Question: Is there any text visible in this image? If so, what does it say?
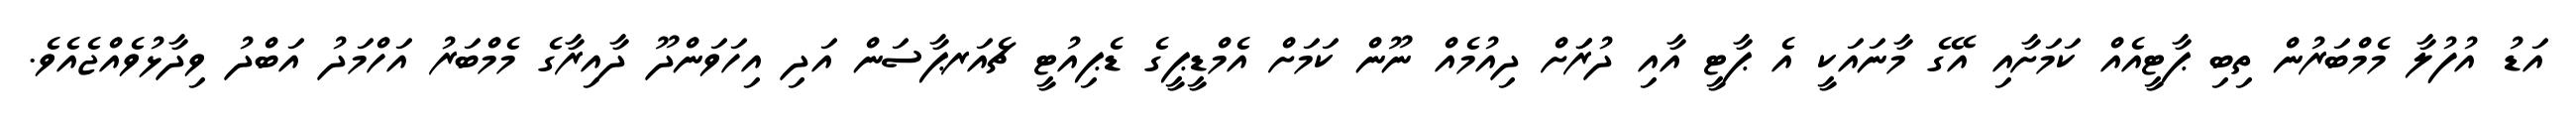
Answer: އަޑު އުފުލާ މެމްބަރުން ތިބި ޕާޓީއެއް ކަމަށާއި އޭގެ މާނައަކީ އެ ޕާޓީ އާއި ދުރަަށް ދިއުމެއް ނޫން ކަމަށް އެމްޑީޕީގެ ޑެޕިއުޓީ ޗެއަރޕާސަން އަދި އިހަވަންދޫ ދާއިރާގެ މެމްބަރު އަހްމަދު އަބްދު ވިދާޅުވެއްޖެއެވެ.